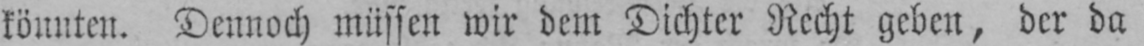
könnten. Dennoch müssen wir dem Dichter Recht geben, der da